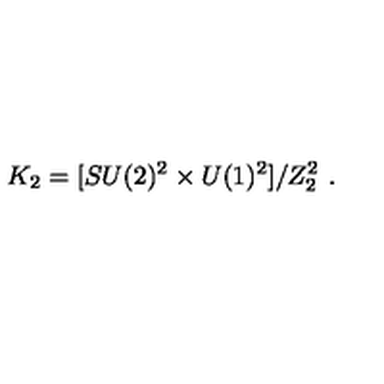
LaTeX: K _ { 2 } = [ S U ( 2 ) ^ { 2 } \times U ( 1 ) ^ { 2 } ] / Z _ { 2 } ^ { 2 } \ .